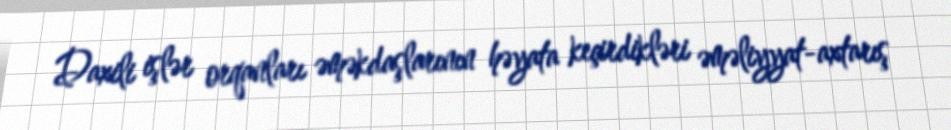
Daxili işlər orqanları əməkdaşlarının həyata keçirdikləri əməliyyat-axtarış